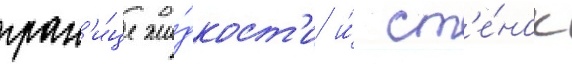
гран'и́це жи́дкост'и и́ ст'е́нок